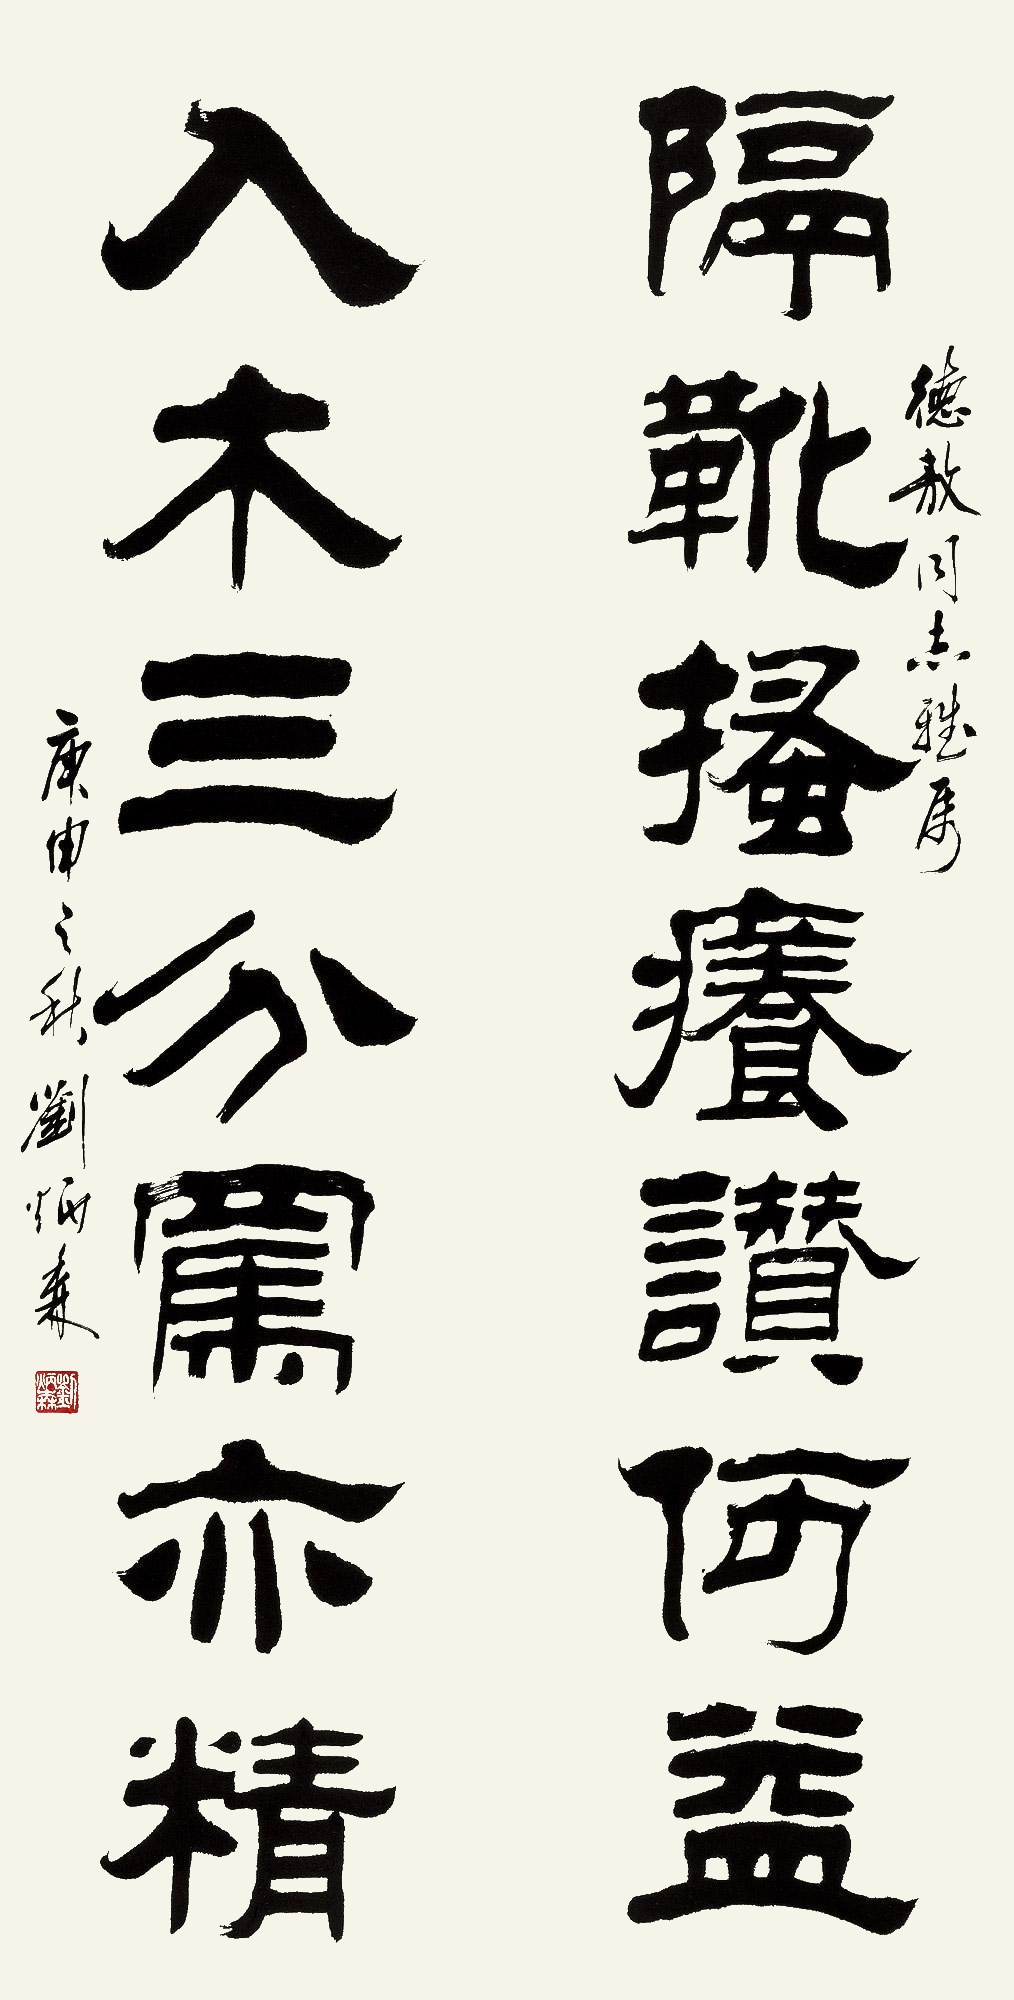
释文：隔靴搔痒赞何益，入木三分骂亦精。德敖同志雅属。庚申（1980年）之秋，刘炳森。